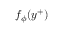
f _ { \phi } ( y ^ { + } )